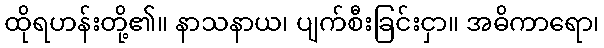
ထိုရဟန်းတို့၏။ နာသနာယ၊ ပျက်စီးခြင်းငှာ။ အဓိကာရော၊